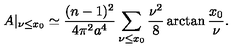
A | _ { \nu \leq x _ { 0 } } \simeq \frac { ( n - 1 ) ^ { 2 } } { 4 \pi ^ { 2 } a ^ { 4 } } \sum _ { \nu \leq x _ { 0 } } \frac { \nu ^ { 2 } } { 8 } \arctan \frac { x _ { 0 } } { \nu } .